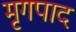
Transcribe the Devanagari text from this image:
मृगपाद